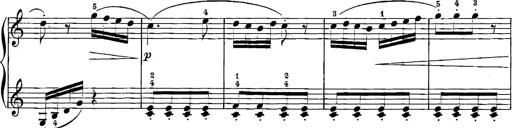
Title: 12 Sonatinas
Composer: Ignaz Pleyel